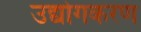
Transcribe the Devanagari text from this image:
उद्योगकरण